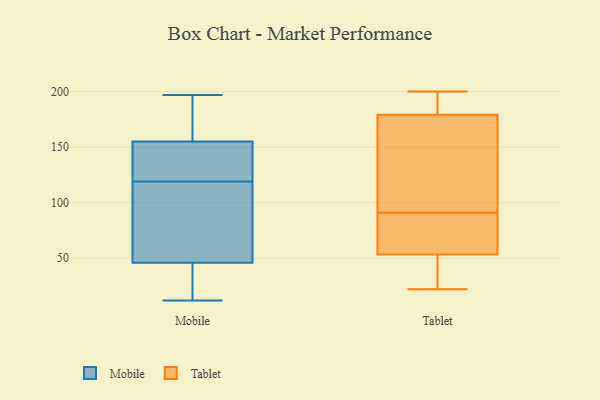
{"axis": {"x": "Demand Index", "y": "Value"}, "legend": ["Mobile", "Tablet"], "data": [{"x": "", "y": 106, "type": "Mobile"}, {"x": "", "y": 197, "type": "Mobile"}, {"x": "", "y": 12, "type": "Mobile"}, {"x": "", "y": 144, "type": "Mobile"}, {"x": "", "y": 21, "type": "Mobile"}, {"x": "", "y": 119, "type": "Mobile"}, {"x": "", "y": 119, "type": "Mobile"}, {"x": "", "y": 40, "type": "Mobile"}, {"x": "", "y": 85, "type": "Mobile"}, {"x": "", "y": 46, "type": "Mobile"}, {"x": "", "y": 166, "type": "Mobile"}, {"x": "", "y": 155, "type": "Mobile"}, {"x": "", "y": 147, "type": "Mobile"}, {"x": "", "y": 163, "type": "Mobile"}, {"x": "", "y": 91, "type": "Tablet"}, {"x": "", "y": 193, "type": "Tablet"}, {"x": "", "y": 88, "type": "Tablet"}, {"x": "", "y": 67, "type": "Tablet"}, {"x": "", "y": 92, "type": "Tablet"}, {"x": "", "y": 107, "type": "Tablet"}, {"x": "", "y": 33, "type": "Tablet"}, {"x": "", "y": 170, "type": "Tablet"}, {"x": "", "y": 22, "type": "Tablet"}, {"x": "", "y": 57, "type": "Tablet"}, {"x": "", "y": 194, "type": "Tablet"}, {"x": "", "y": 180, "type": "Tablet"}, {"x": "", "y": 200, "type": "Tablet"}, {"x": "", "y": 27, "type": "Tablet"}, {"x": "", "y": 179, "type": "Tablet"}, {"x": "", "y": 57, "type": "Tablet"}, {"x": "", "y": 42, "type": "Tablet"}]}